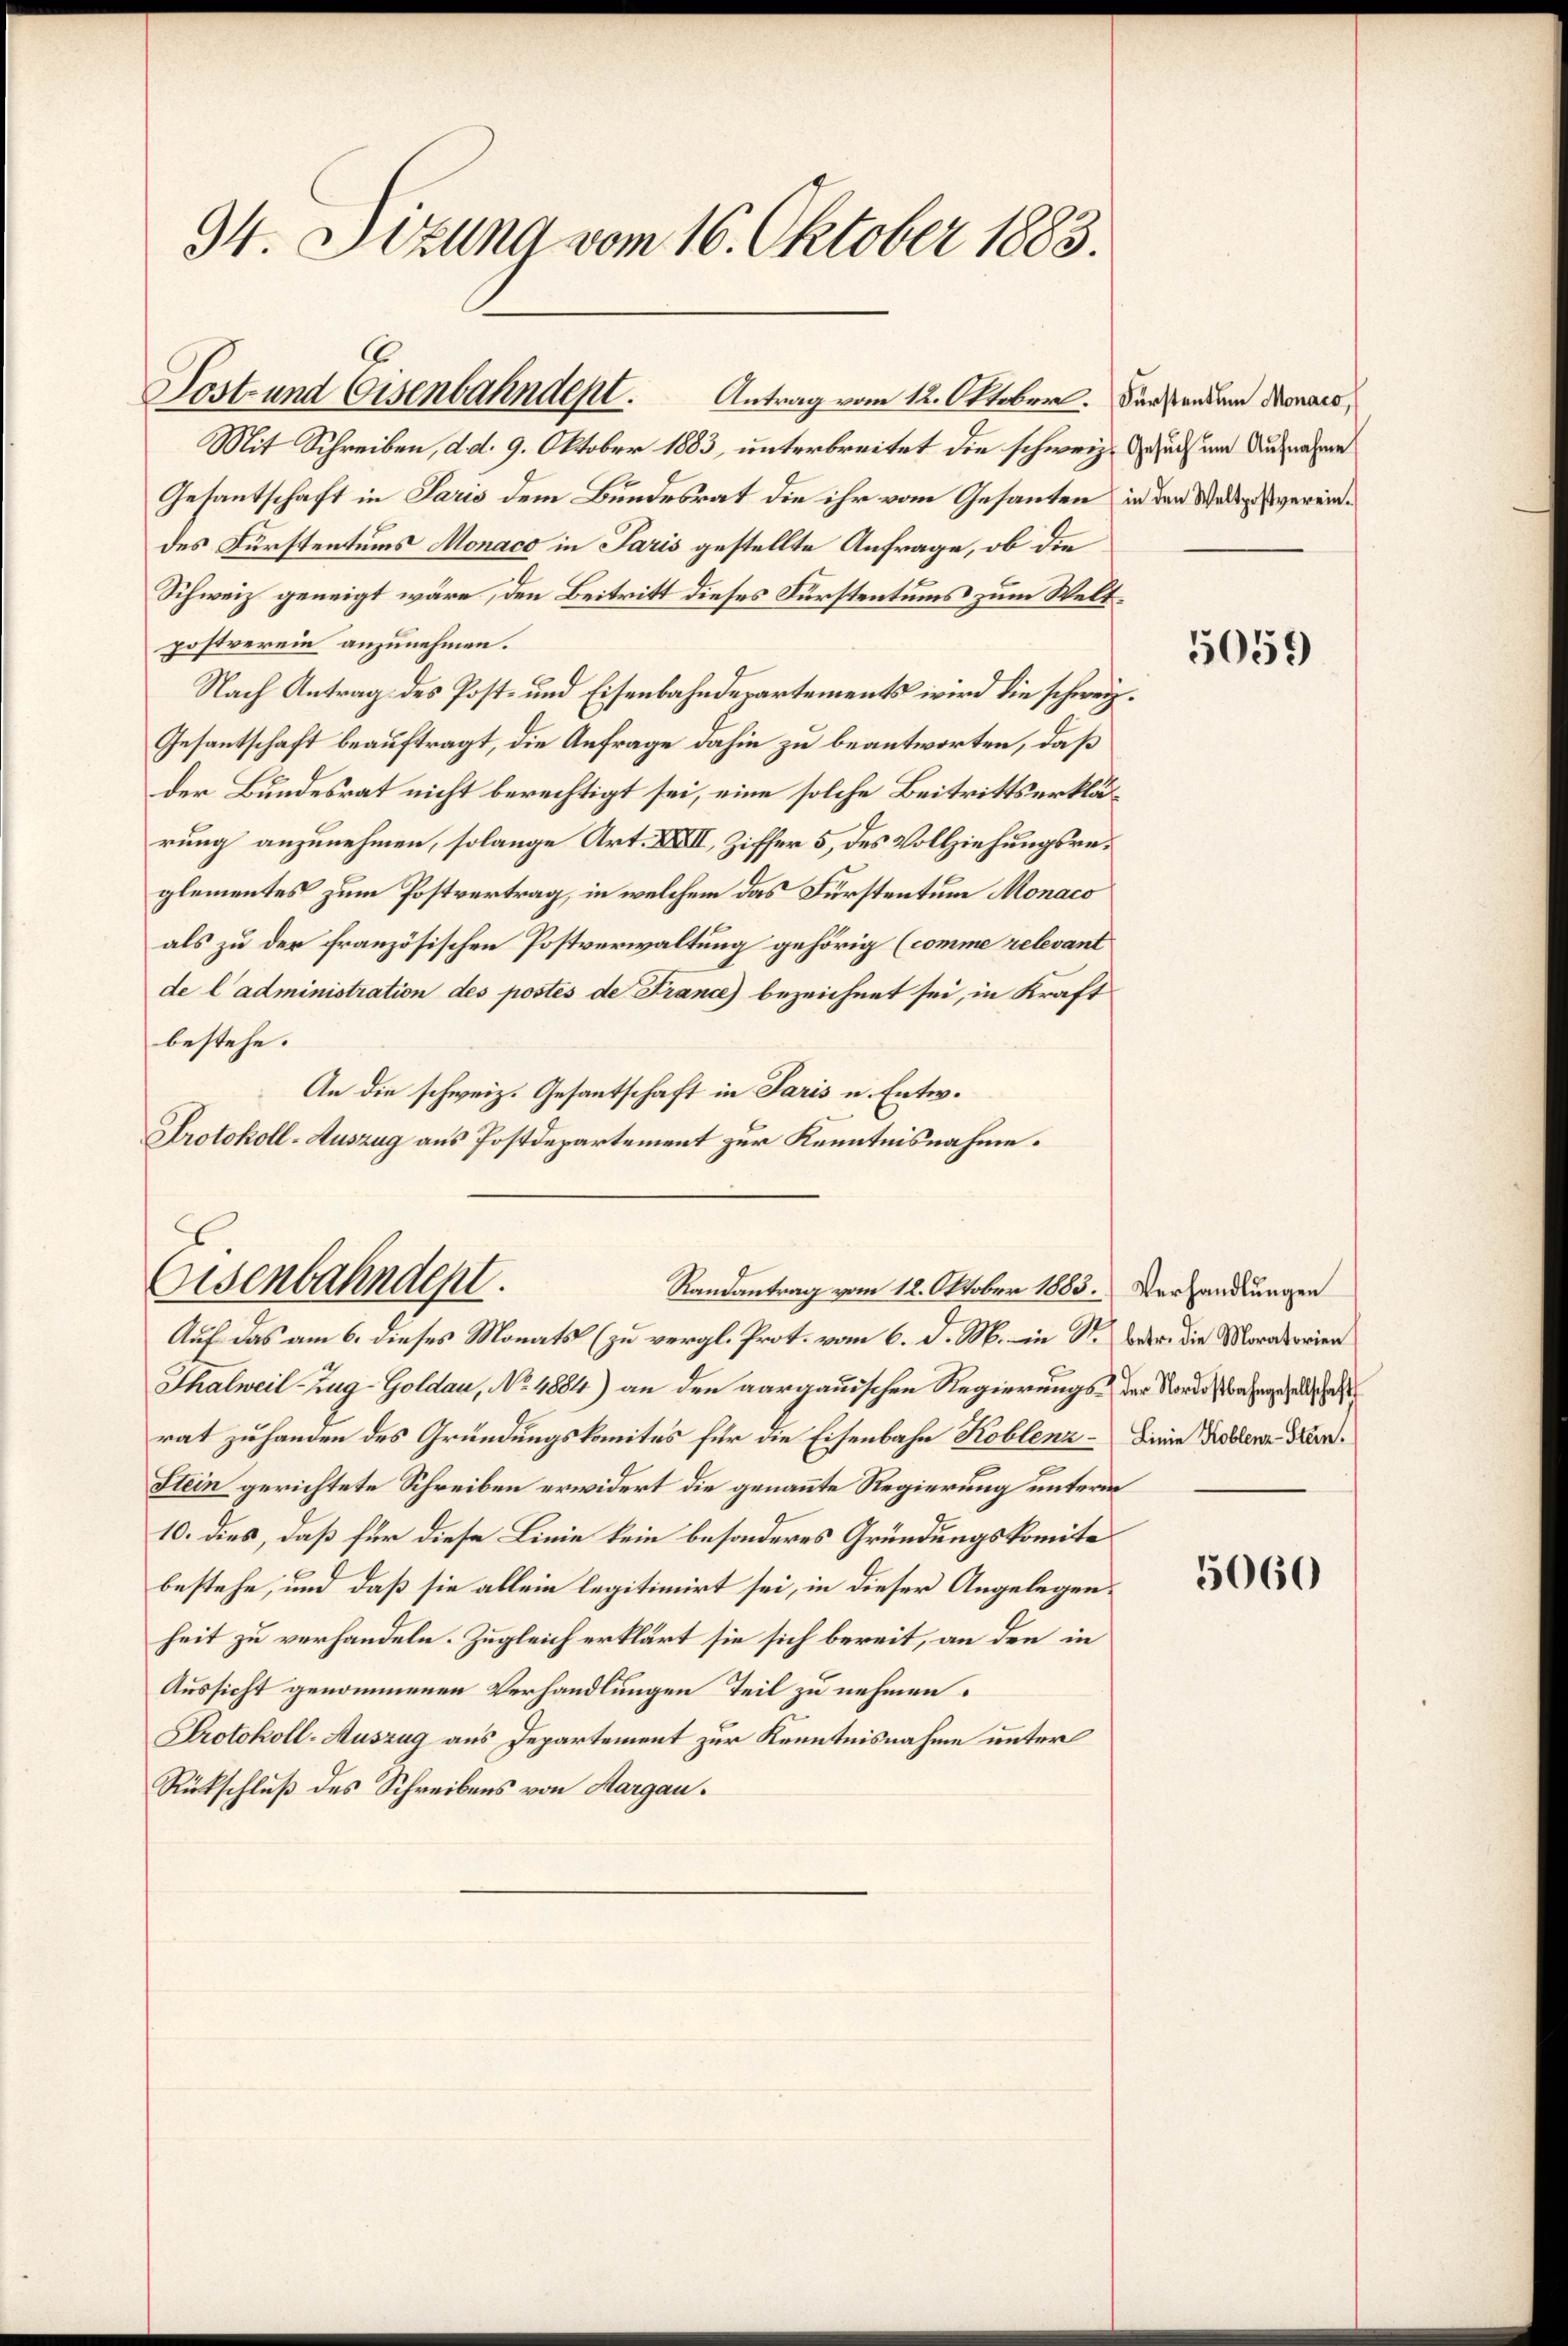
34. Dezung vom 16. Oktober 1883.

Lost- und Eisenbahndent. Antrag vom 12. Oktober. Fürstendem donats,
Mit Schreiben, d. d. 9. Oktober 1883, unterbreitet die schweiz. Gesuch um Aufnahme

Eisenbahndept.
Randantrag vom 12. Oktober 1883. Verhandlungen
Auf das am 6. dieses Monats (zu vergl. Prot. vom 6. d. M. in St. Oder die Moratorien

Gesantschaft in Paris dem Bundesrat die ihr vom Gesanten in den Wadiges vereindes Fürstentums Monaco in Paris gestellte Anfrage, ob die
Schweiz geneigt wäre, den Beitritt dieses Fürstentums zum Weltpostverein anzunehmen.
Nach Antrag des Post- und Eisenbahndepartements wird die schweiz.
Gesantschaft beauftragt, die Anfrage dahin zu beantworten, daß
der Bundesrat nicht berechtigt sei, eine solche Beitrittserklärung anzunehmen, solange Art. XXIII, Ziffer 5, des Vollziehungsreglementes zum Postvertrag, in welchem das Fürstentum Monaco
als zu der französischen Postverwaltung gehörig (comme relevant
de l’administration des postés de France) bezeichnet sei, in Kraft
bestehe.
An die schweiz. Gesantschaft in Paris u. Entw.
Protokoll-Auszug aus Postdepartement zur Kenntnisnahme.

Thalweil Zug-Goldau, No. 1884) an den aargauischen Regierungs der Nordostbahngesellschaft
rat zu handen des Gründungskomites für die Eisenbahn Koblenz - Linie Koblenz Kar¬
Stein gerichtete Schreiben erwidert die genannte Regierung unterm
10. dies, daß für diese Linie kein besonderes Gründungskomite
bestehe, und daß sie allein legitimirt sei, in dieser Angelegenheit zu verhandeln. Zugleich erklärt sie sich bereit, an den in
Aussicht genommenen Verhandlungen Teil zu nehmen.
Protokoll-Auszug aus Departement zur Kenntnisnahme unter
Rückschluß des Schreibens von Aargau.

5059

5060